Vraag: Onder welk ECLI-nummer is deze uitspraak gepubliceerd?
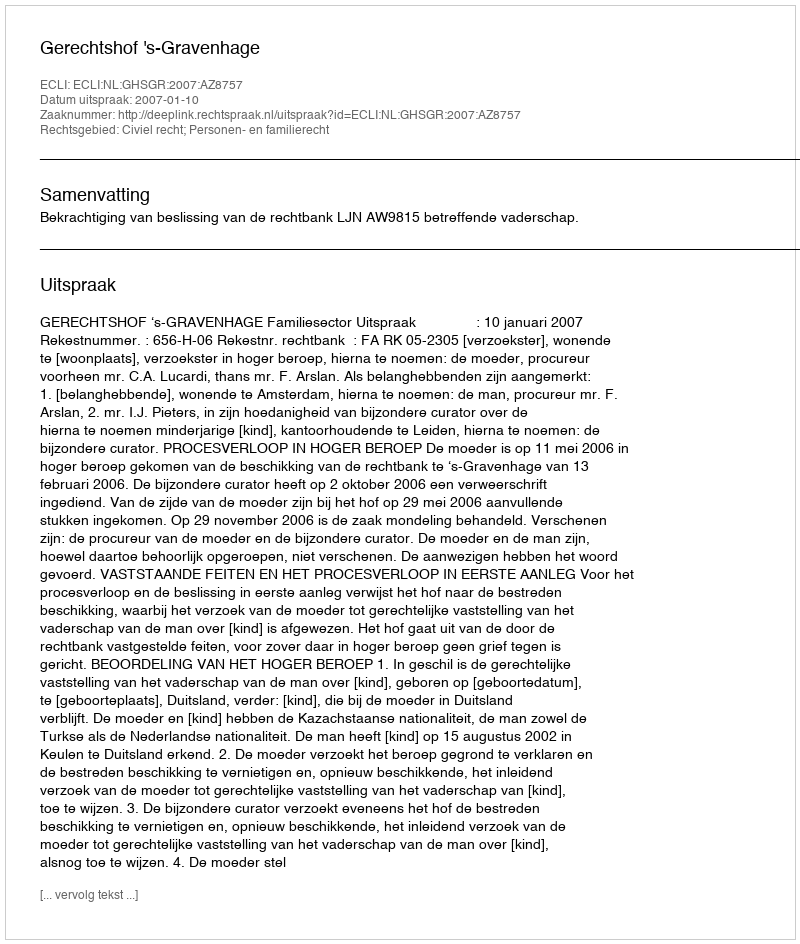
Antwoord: ECLI:NL:GHSGR:2007:AZ8757